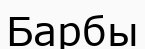
Барбы